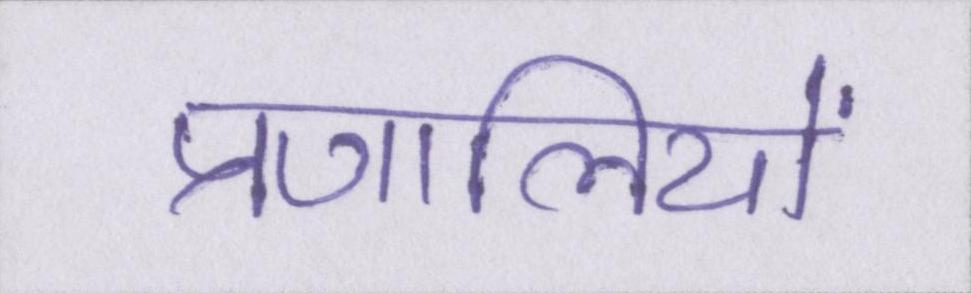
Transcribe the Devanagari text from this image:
प्रणालियों